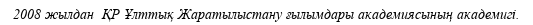
2008 жылдан  ҚР Ұлттық Жаратылыстану ғылымдары академиясының академигі.